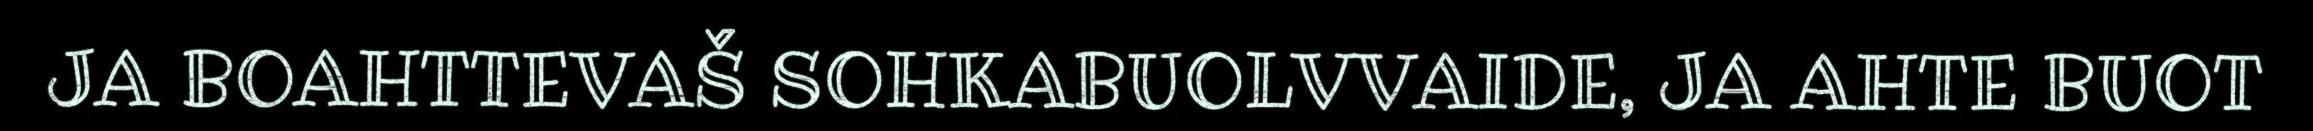
JA BOAHTTEVAŠ SOHKABUOLVVAIDE, JA AHTE BUOT